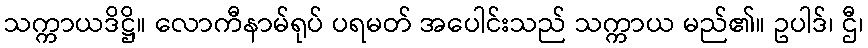
သက္ကာယဒိဋ္ဌိ။ လောကီနာမ်ရုပ် ပရမတ် အပေါင်းသည် သက္ကာယ မည်၏။ ဥပါဒ်၊ ဌီ၊